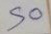
50